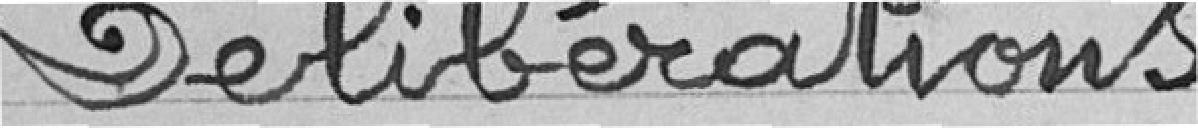
Délibérations